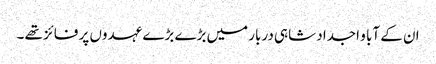
ان کے آبا و اجداد شاہی دربار میں بڑے بڑے عہدوں پر فائز تھے ۔